Annual statistical returns and brief notes on vaccination in Bengal - 1909-1929
Year: 1909
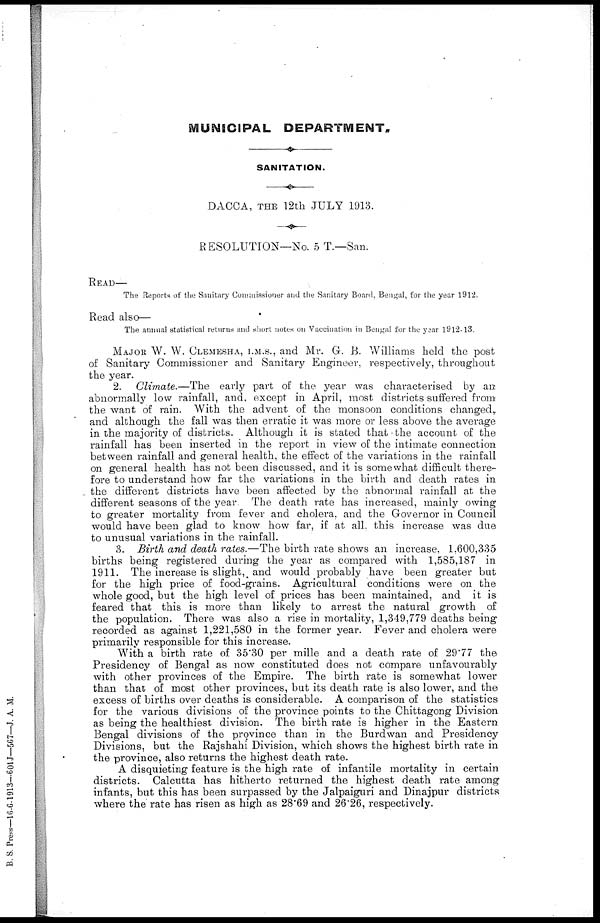
MUNICIPAL DEPARTMENT.
SANITATION.
DACCA, THE 12th JULY 1913.
RESOLUTION—No. 5 T.—San.
READ—
The Reports of the Sanitary Commissioner and the Sanitary Board, Bengal, for the year 1912.
Read also—
The annual statistical returns and short notes on Vaccination in Bengal for the year 1912-13.
MAJOR W. W. CLEMESHA, I.M.S., and Mr. G. B. Williams held the post
of Sanitary Commissioner and Sanitary Engineer, respectively, throughout
the year.
2. Climate.—The early part of the year was characterised by an
abnormally low rainfall, and, except in April, most districts suffered from
the want of rain. With the advent of the monsoon conditions changed,
and although the fall was then erratic it was more or less above the average
in the majority of districts. Although it is stated that the account of the
rainfall has been inserted in the report in view of the intimate connection
between rainfall and general health, the effect of the variations in the rainfall
on general health has not been discussed, and it is somewhat difficult there-
fore to understand how far the variations in the birth and death rates in
the different districts have been affected by the abnormal rainfall at the
different seasons of the year. The death rate has increased, mainly owing
to greater mortality from fever and cholera, and the Governor in Council
would have been glad to know how far, if at all. this increase was due
to unusual variations in the rainfall.
3. Birth and death rates.—The birth rate shows an increase, 1.600,335
births being registered during the year as compared with 1,585,187 in
1911. The increase is slight, and would probably have been greater but
for the high price of food-grains. Agricultural conditions were on the
whole good, but the high level of prices has been maintained, and it is
feared that this is more than likely to arrest the natural growth of
the population. There was also a rise in mortality, 1,349,779 deaths being
recorded as against 1,221,580 in the former year. Fever and cholera were
primarily responsible for this increase.
With a birth rate of 35.30 per mille and a death rate of 29.77 the
Presidency of Bengal as now constituted does not compare unfavourably
with other provinces of the Empire. The birth rate is somewhat lower
than that of most other provinces, but its death rate is also lower, and the
excess of births over deaths is considerable. A comparison of the statistics
for the various divisions of the province points to the Chittagong Division
as being the healthiest division. The birth rate is higher in the Eastern
Bengal divisions of the province than in the Burdwan and Presidency
Divisions, but the Rajshahi Division, which shows the highest birth rate in
the province, also returns the highest death rate.
A disquieting feature is the high rate of infantile mortality in certain
districts. Calcutta has hitherto returned the highest death rate among
infants, but this has been surpassed by the Jalpaiguri and Dinajpur districts
where the rate has risen as high as 28.69 and 26.26, respectively.